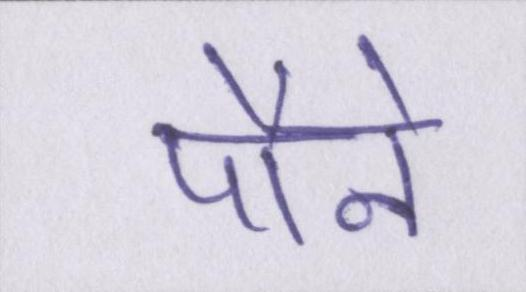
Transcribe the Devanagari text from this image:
पौने